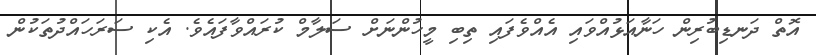
އޮތް ދަނޑިބުރިން ހަނާއަޅުއްވައި އެއްވެފައި ތިބި މީހުންނަށް ސަލާމް ކުރައްވާފައެވެ. އެކި ސަރަހައްދުތަކުން